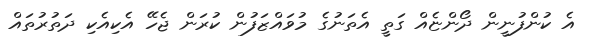
އެ ކުންފުނީން ދޯންޏެއް ގަތީ އެތަނުގެ މުވައްޒަފުން ކުރަން ޖެހޭ އެކިއެކި ދަތުރުތައް